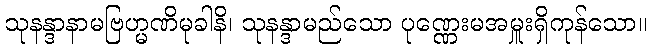
သုနန္ဒာနာမဗြဟ္မဏိမုခါနိ၊ သုနန္ဒာမည်သော ပုဏ္ဏေးမအမှူးရှိကုန်သော။